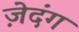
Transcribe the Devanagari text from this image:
ज़ेदंग